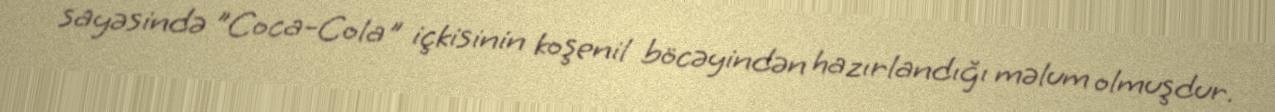
sayəsində ”Coca-Cola" içkisinin koşenil böcəyindən hazırlandığı məlum olmuşdur.